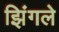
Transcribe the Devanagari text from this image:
झिंगले